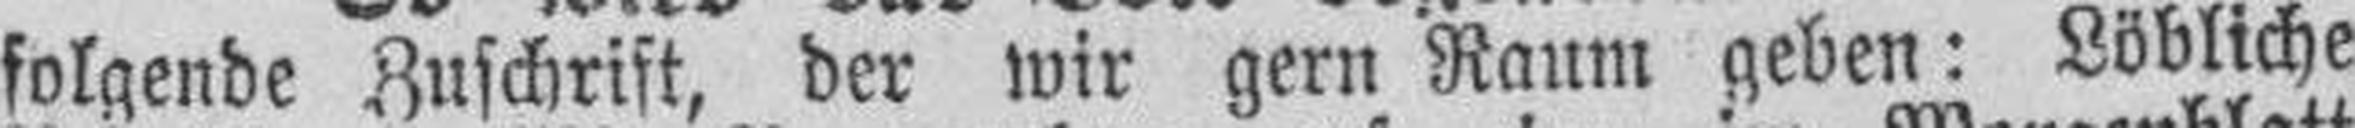
folgende Zuschrift, der wir gern Raum geben: Löbliche